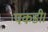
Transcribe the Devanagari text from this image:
पकडी।